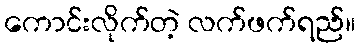
ကောင်းလိုက်တဲ့ လက်ဖက်ရည်။